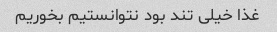
غذا خیلی تند بود نتوانستیم بخوریم